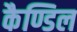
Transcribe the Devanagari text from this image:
कैण्डिल